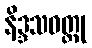
နိဒ္ဒသဝတ္ထု